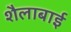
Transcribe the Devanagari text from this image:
शैलाबाई